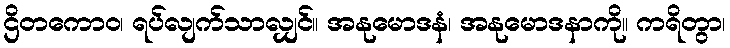
ဌိတကောဝ၊ ရပ်လျက်သာလျှင်။ အနုမောဒနံ၊ အနုမောဒနာကို။ ကရိတွာ၊